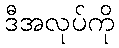
ဒီအလုပ်ကို